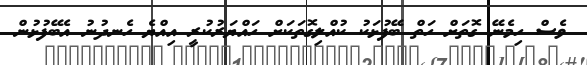
ވެސް ހިމެނޭ ގޮތަށް ހަތް ބޭފުޅަކު ކުއްލިގޮތަކަށް ހައްޔަރުކުރީ އިއްޔެ ހެނދުނު އެބޭފުޅުން